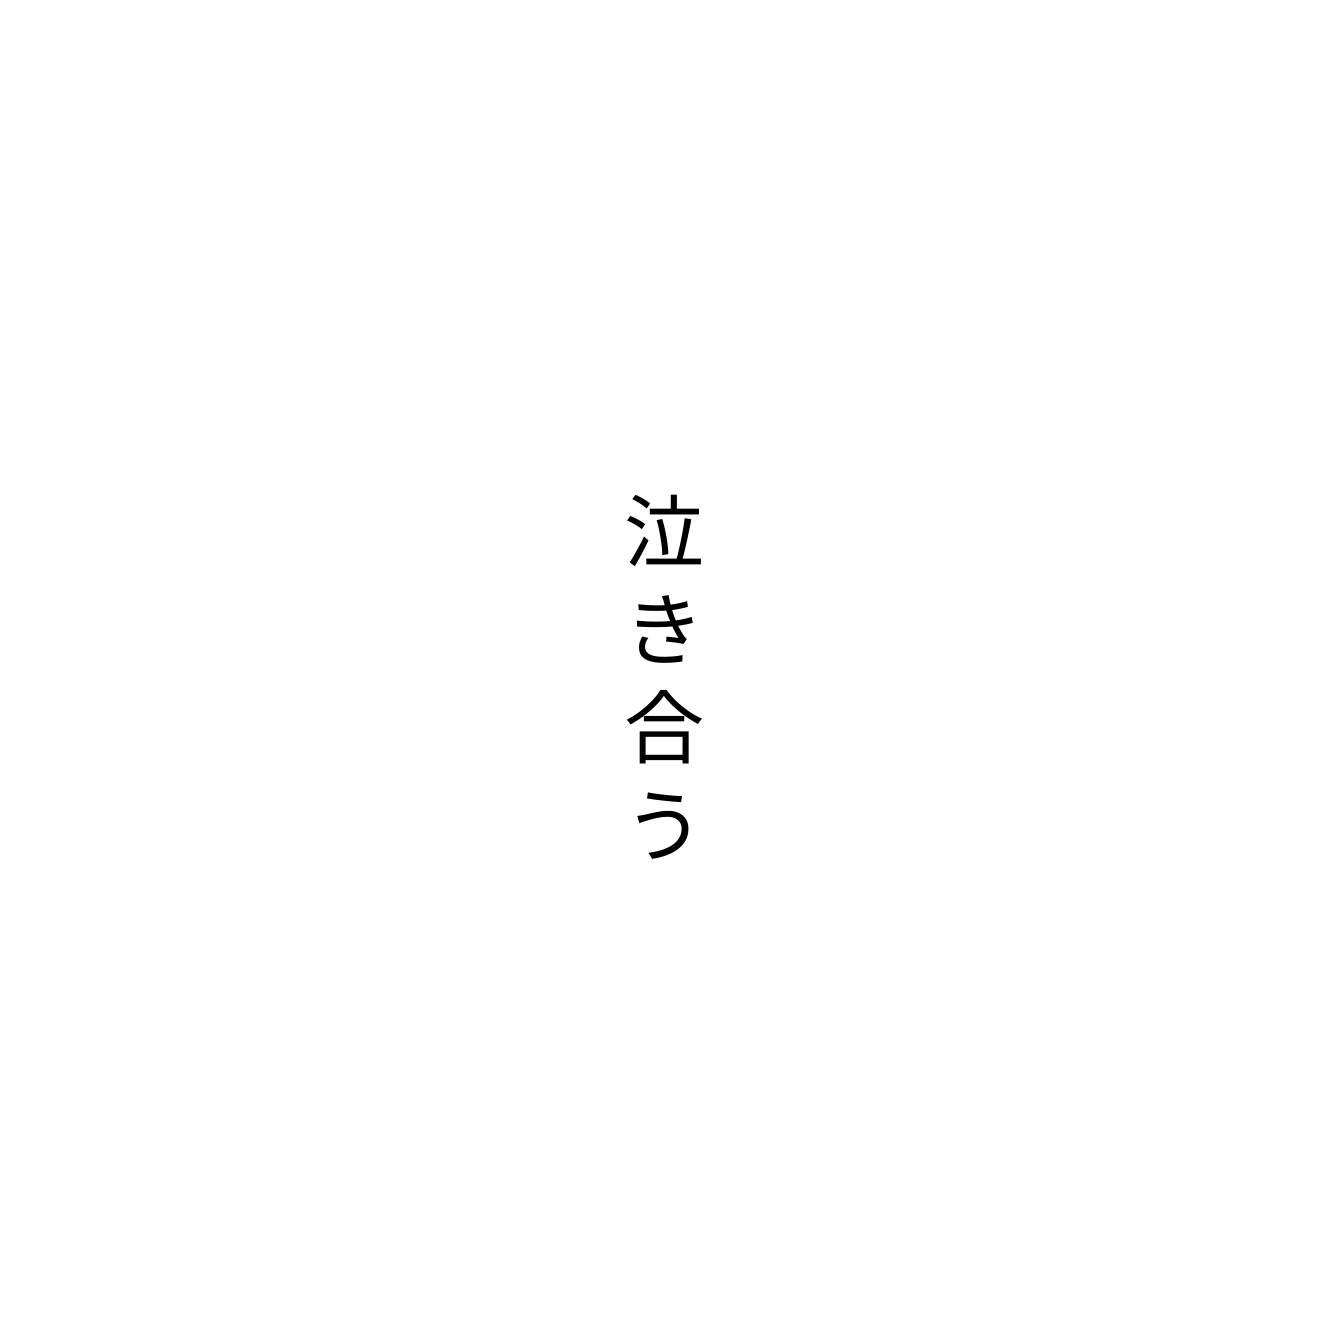
泣き合う